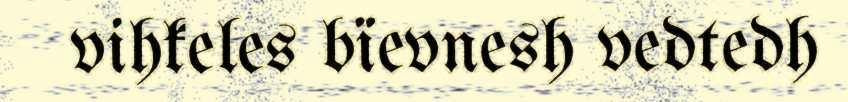
vihkeles bïevnesh vedtedh